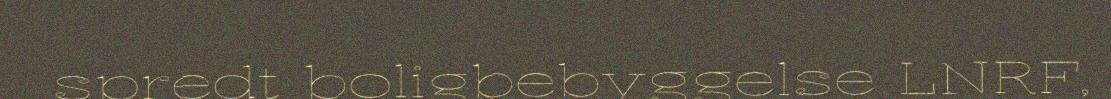
spredt boligbebyggelse LNRF,